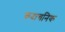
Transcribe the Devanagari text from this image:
कदाचनिक